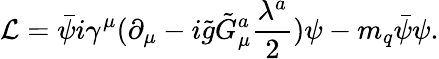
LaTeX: {\cal L}=\bar{\psi}i\gamma^{\mu}(\partial_{\mu}-i\tilde{g}\tilde{G}_{\mu}^{a}\frac{\lambda^{a}}{2})\psi-m_{q}\bar{\psi}\psi.